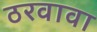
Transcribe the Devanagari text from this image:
ठरवावा